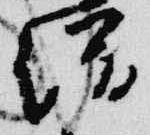
僧